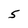
Character: 5